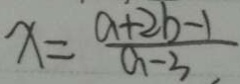
x = \frac { a + 2 b - 1 } { a - 3 }